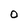
Character: 0